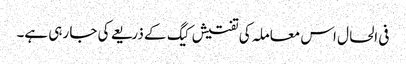
فی الحال اس معاملہ کی تفتیش کیگ کے ذریعے کی جا رہی ہے۔